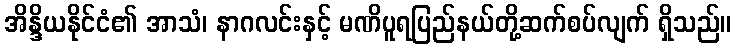
အိန္ဒိယနိုင်ငံ၏ အာသံ၊ နာဂလင်းနှင့် မဏိပူရပြည်နယ်တို့ဆက်စပ်လျက် ရှိသည်။